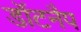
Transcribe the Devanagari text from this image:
डॉटनैप